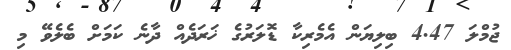
ޖުމްލަ 4.47 ބިލިޔަން އެމެރިކާ ޑޮލަރުގެ ޚަރަދެއް ދާނެ ކަމަށް ބެލެވޭ މި